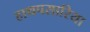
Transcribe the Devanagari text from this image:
हाथपसारिया